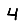
Digit: 4